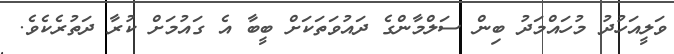
ވަލީއަހުދު މުހައްމަދު ބިން ސަލްމާންގެ ދައުވަތަކަށް ބީބާ އެ ގައުމަށް ކުރާ ދަތުރެކެވެ.